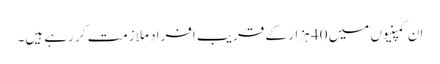
ان کمپنیوں میں 40 ہزار کے قریب افراد ملازمت کر رہے ہیں۔